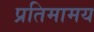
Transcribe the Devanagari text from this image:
प्रतिमामय